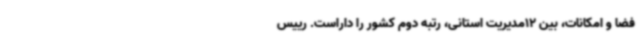
فضا و امکانات، بین 12مدیریت استانی، رتبه دوم کشور را داراست. رییس